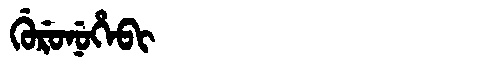
Manchu: ᡤᡠᡵᡠᠨᡠᡥᡝᠪᡳ
Romanization: GURUNUHEBI